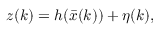
z ( k ) = h ( \bar { x } ( k ) ) + \eta ( k ) ,